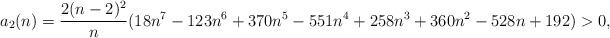
LaTeX: \begin{align*}a_2(n) &= \frac{2(n-2)^2}n (18 n^7 - 123 n^6 + 370 n^5 -551 n^4 + 258 n^3 + 360 n^2 -528 n + 192) > 0,\end{align*}